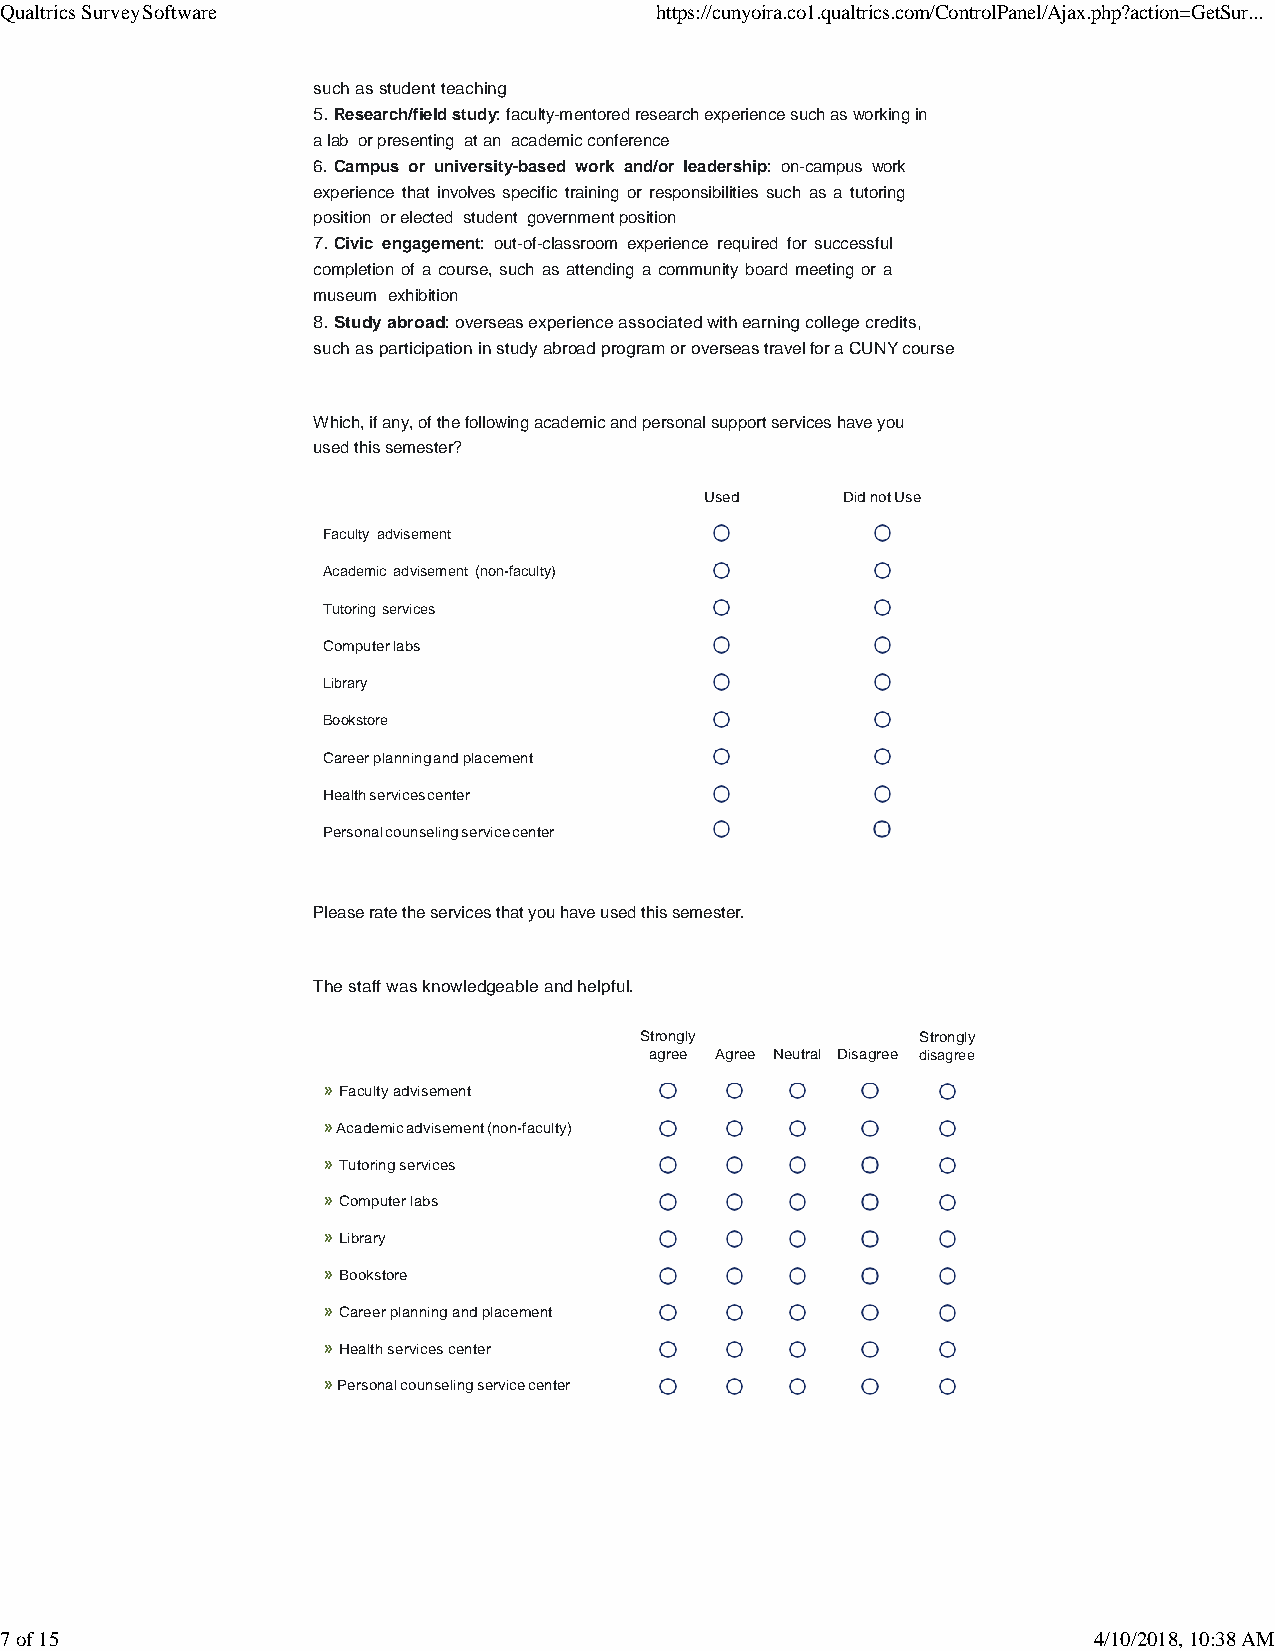
Qualtrics Survey Software                  https://cunyoira.co1.qualtrics.com/ControlPanel/Ajax.php?action=GetSur...
 such as student teaching
 5. Research/field study: faculty-mentored research experience such as working in
 a lab or presenting at an academic conference
 6. Campus or university-based work and/or leadership: on-campus work
 experience that involves specific training or responsibilities such as a tutoring
 position or elected student government position
 7. Civic engagement: out-of-classroom experience required for successful
 completion of a course, such as attending a community board meeting or a
 museum exhibition
 8. Study abroad: overseas experience associated with earning college credits,
 such as participation in study abroad program or overseas travel for a CUNY course
 Which, if any, of the following academic and personal support services have you
 used this semester?
 Used     Did not Use
 Faculty advisement
 Academic advisement (non-faculty)
 Tutoring services
 Computer labs
 Library
 Bookstore
 Career planning and placement
 Health services center
 Personal counseling service center
 Please rate the services that you have used this semester.
 The staff was knowledgeable and helpful.
 Strongly           Strongly
 agree Agree Neutral Disagree disagree
 » Faculty advisement
 » Academic advisement (non-faculty)
 » Tutoring services
 » Computer labs
 » Library
 » Bookstore
 » Career planning and placement
 » Health services center
 » Personal counseling service center
 7 of 15                                                                 4/10/2018, 10:38 AM